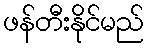
ဖန်တီးနိုင်မည်